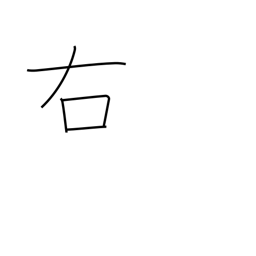
Meaning: right